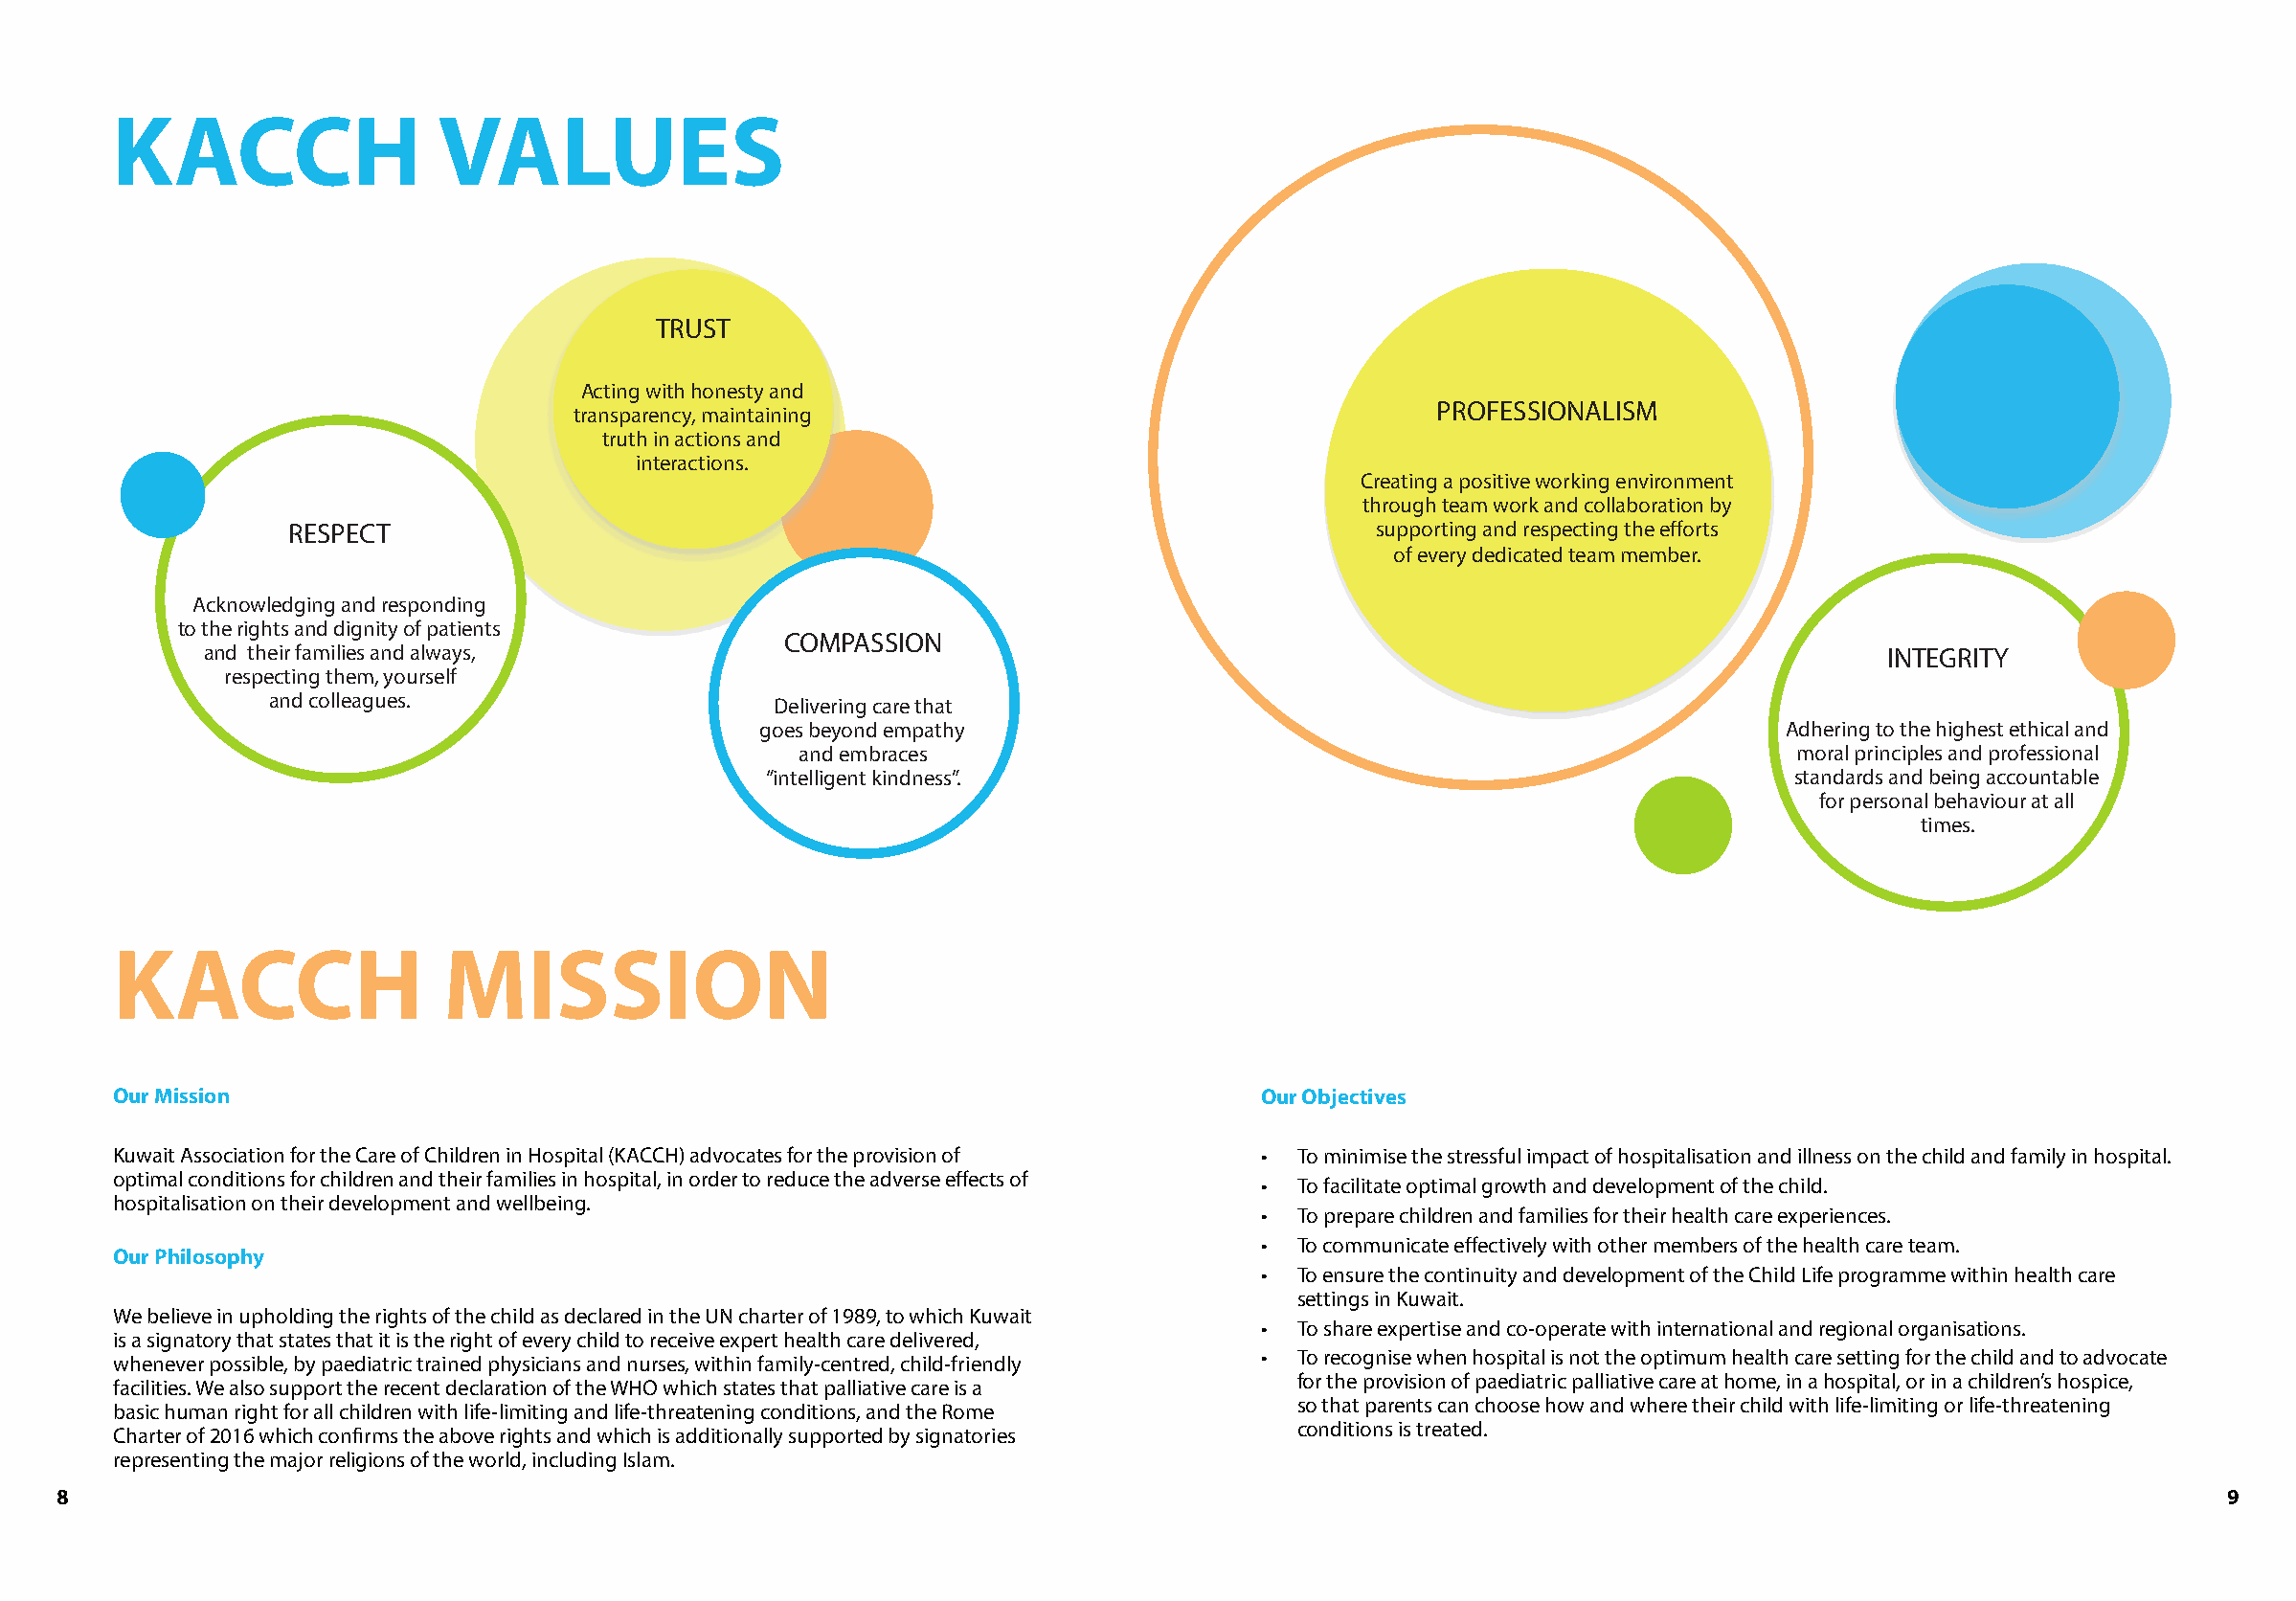
KACCH                 VALUES
 TRUST
 Acting with honesty and
 PROFESSIONALISM
 transparency, maintaining
 truth in actions and
 interactions.
 Creating a positive working environment
 through team work and collaboration by
 RESPECT                                                                    supporting and respecting the efforts
 of every dedicated team member.
 Acknowledging and responding
 to the rights and dignity of patients
 COMPASSION
 and their families and always,                                                                                      INTEGRITY
 respecting them, yourself
 and colleagues.                   Delivering care that
 goes beyond empathy                                                   Adhering to the highest ethical and
 and embraces                                                         moral principles and professional
 “intelligent kindness”.                                                standards and being accountable
 for personal behaviour at all
 times.
 KACCH                  MISSION
 Our Mission                                                                    Our Objectives
 Kuwait Association for the Care of Children in Hospital (KACCH) advocates for the provision of • To minimise the stressful impact of hospitalisation and illness on the child and family in hospital.
 optimal conditions for children and their families in hospital, in order to reduce the adverse effects of
 •  To facilitate optimal growth and development of the child.
 hospitalisation on their development and wellbeing.
 •  To prepare children and families for their health care experiences.
 •  To communicate effectively with other members of the health care team.
 Our Philosophy
 •  To ensure the continuity and development of the Child Life programme within health care
 settings in Kuwait.
 We believe in upholding the rights of the child as declared in the UN charter of 1989, to which Kuwait
 •  To share expertise and co-operate with international and regional organisations.
 is a signatory that states that it is the right of every child to receive expert health care delivered,
 whenever possible, by paediatric trained physicians and nurses, within family-centred, child-friendly • To recognise when hospital is not the optimum health care setting for the child and to advocate
 facilities. We also support the recent declaration of the WHO which states that palliative care is a for the provision of paediatric palliative care at home, in a hospital, or in a children’s hospice,
 basic human right for all children with life-limiting and life-threatening conditions, and the Rome so that parents can choose how and where their child with life-limiting or life-threatening
 Charter of 2016 which confirms the above rights and which is additionally supported by signatories conditions is treated.
 representing the major religions of the world, including Islam.
 8                                                                                                                                                     9